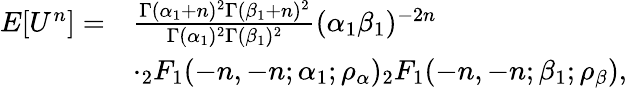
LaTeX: \begin{array}{rl}{E[{U^{n}}]=}&{\frac{\Gamma(\alpha_{1}+n)^{2}\Gamma(\beta_{1}+n)^{2}}{\Gamma(\alpha_{1})^{2}\Gamma(\beta_{1})^{2}}(\alpha_{1}\beta_{1})^{-2n}}\\ &{\cdot_{2}F_{1}(-n,-n;\alpha_{1};\rho_{\alpha})_{2}F_{1}(-n,-n;\beta_{1};\rho_{\beta}),}\end{array}